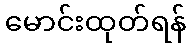
မောင်းထုတ်ရန်